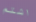
اشتم